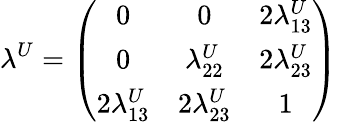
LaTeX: \lambda^{U}=\left(\begin{array}{ccc}{{0}}&{{0}}&{{2\lambda_{13}^{U}}}\\ {{0}}&{{\lambda_{22}^{U}}}&{{2\lambda_{23}^{U}}}\\ {{2\lambda_{13}^{U}}}&{{2\lambda_{23}^{U}}}&{{1}}\end{array}\right)